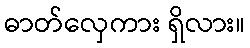
ဓာတ်လှေကား ရှိလား။